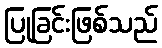
ပြုခြင်းဖြစ်သည်